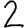
Digit: 2